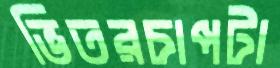
ভিতরচাপটা